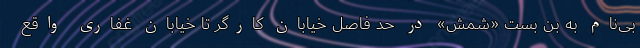
بی‌نام به بن بست «شمش» در حد فاصل خیابان کارگر تا خیابان غفاری واقع